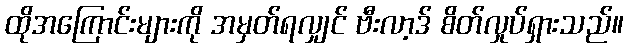
ထိုအကြောင်းများကို အမှတ်ရလျှင် ဗီးလာ့ဒ် စိတ်လှုပ်ရှားသည်။